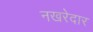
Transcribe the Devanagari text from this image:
नखरेदार